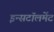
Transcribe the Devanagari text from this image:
इन्सटॉलमेंट